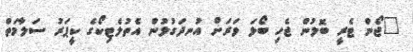
"ޖޯން ޓެރީ ބޮލުން ޖެހި ބޯޅަ ވަރަށް އުނދަގުލުން އެތުލެޓިކޯގެ ކީޕަރު ސަލާމަތް